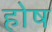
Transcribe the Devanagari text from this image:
होष